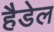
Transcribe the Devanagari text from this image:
हैडेल